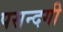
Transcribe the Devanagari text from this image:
पसन्दगी